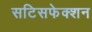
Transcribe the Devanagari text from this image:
सटिसफेक्शन